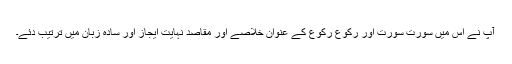
آپ نے اس میں سورت سورت اور رکوع رکوع کے عنوان خلاصے اور مقاصد نہایت ایجاز اور سادہ زبان میں ترتیب دئے۔